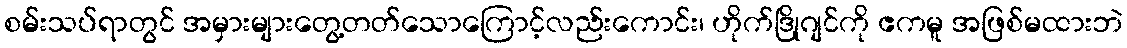
စမ်းသပ်ရာတွင် အမှားများတွေ့တတ်သောကြောင့်လည်းကောင်း၊ ဟိုက်ဒြိုဂျင်ကို ဧကမူ အဖြစ်မထားဘဲ